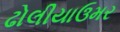
ઢોલીયાઉમર